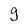
Character: g